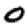
Digit: 0